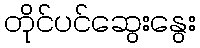
တိုင်ပင်ဆွေးနွေး